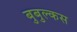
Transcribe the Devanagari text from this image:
बुबुल्कस